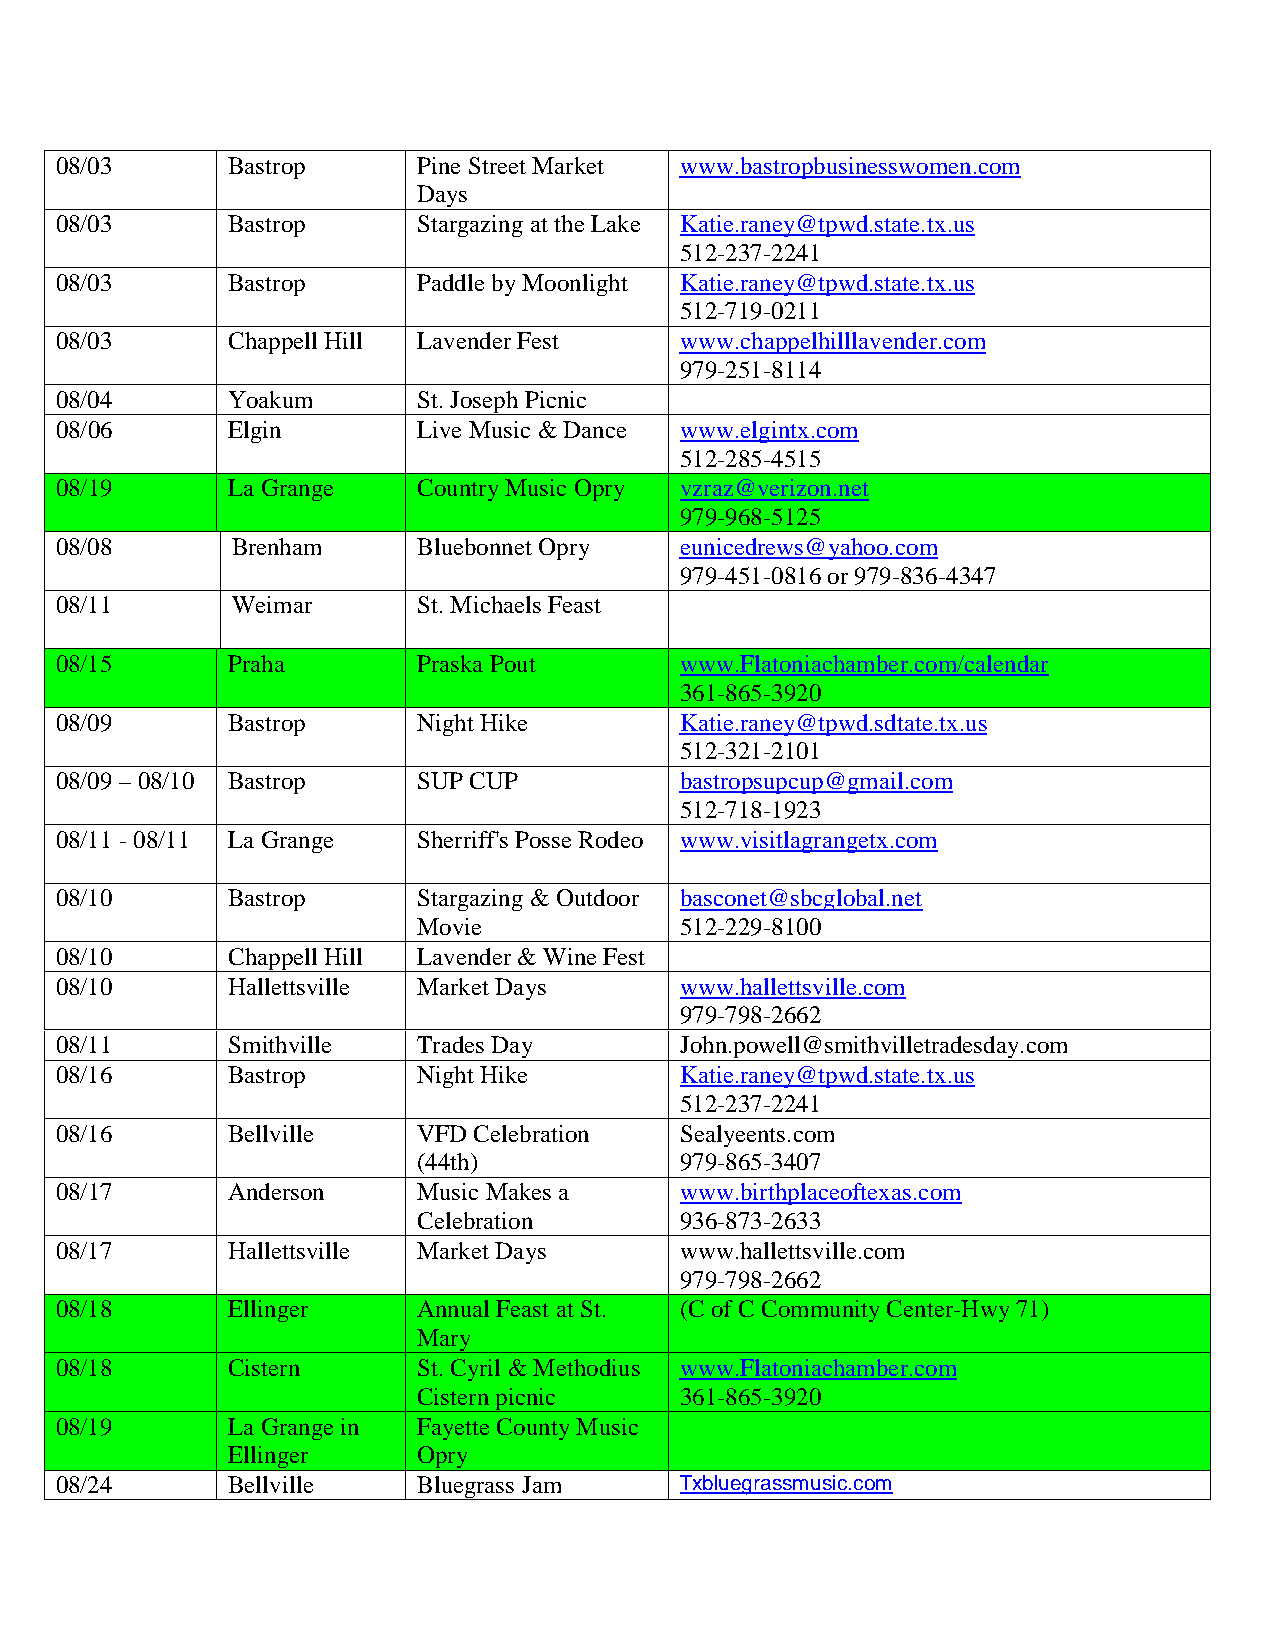
08/03      Bastrop      Pine Street Market www.bastropbusinesswomen.com
 Days
 08/03      Bastrop      Stargazing at the Lake Katie.raney@tpwd.state.tx.us
 512-237-2241
 08/03      Bastrop      Paddle by Moonlight Katie.raney@tpwd.state.tx.us
 512-719-0211
 08/03      Chappell Hill Lavender Fest   www.chappelhilllavender.com
 979-251-8114
 08/04      Yoakum       St. Joseph Picnic
 08/06      Elgin        Live Music & Dance www.elgintx.com
 512-285-4515
 08/19      La Grange    CountryMusic Opry vzraz@verizon.net
 979-968-5125
 08/08      Brenham      Bluebonnet Opry  eunicedrews@yahoo.com
 979-451-0816 or 979-836-4347
 08/11      Weimar       St. Michaels Feast
 08/15      Praha        Praska Pout      www.Flatoniachamber.com/calendar
 361-865-3920
 08/09      Bastrop      Night Hike       Katie.raney@tpwd.sdtate.tx.us
 512-321-2101
 08/09 – 08/10 Bastrop   SUP CUP          bastropsupcup@gmail.com
 512-718-1923
 08/11 -08/11 La Grange  Sherriff's Posse Rodeo www.visitlagrangetx.com
 08/10      Bastrop      Stargazing & Outdoor basconet@sbcglobal.net
 Movie            512-229-8100
 08/10      Chappell Hill Lavender & Wine Fest
 08/10      Hallettsville Market Days     www.hallettsville.com
 979-798-2662
 08/11      Smithville   Trades Day       John.powell@smithvilletradesday.com
 08/16      Bastrop      Night Hike       Katie.raney@tpwd.state.tx.us
 512-237-2241
 08/16      Bellville    VFD Celebration  Sealyeents.com
 (44th)           979-865-3407
 08/17      Anderson     Music Makes a    www.birthplaceoftexas.com
 Celebration      936-873-2633
 08/17      Hallettsville Market Days     www.hallettsville.com
 979-798-2662
 08/18      Ellinger     Annual Feast at St. (C of C Community Center-Hwy71)
 Mary
 08/18      Cistern      St. Cyril & Methodius www.Flatoniachamber.com
 Cistern picnic   361-865-3920
 08/19      La Grange in Fayette County Music
 Ellinger     Opry
 08/24      Bellville    Bluegrass Jam    Txbluegrassmusic.com